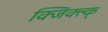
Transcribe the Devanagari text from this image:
क्जिक्ल्क्